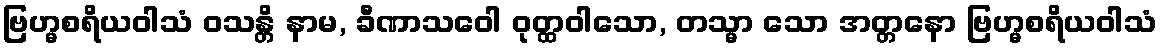
ဗြဟ္မစရိယဝါသံ ဝသန္တိ နာမ, ခီဏာသဝေါ ဝုတ္ထဝါသော, တသ္မာ သော အတ္တနော ဗြဟ္မစရိယဝါသံ